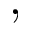
,